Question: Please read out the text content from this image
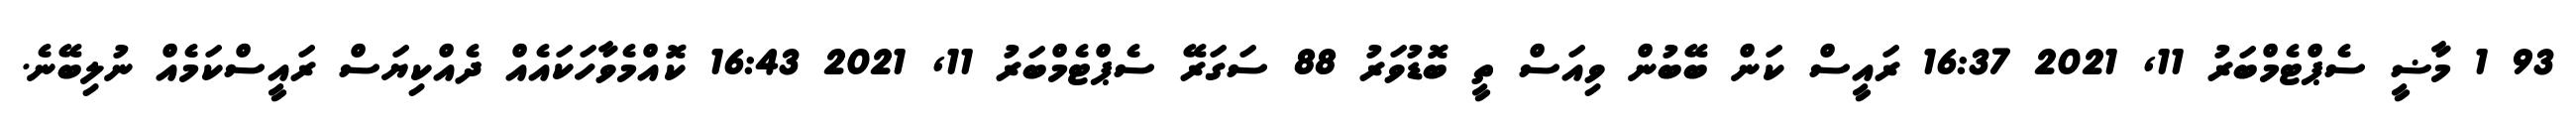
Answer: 93 1 މާޟީ ސެޕްޓެމްބަރު 11, 2021 16:37 ރައީސް ކަން ބޭބުން ވިއަސް ތީ ބޮޑުވަރު 88 ސަގަރޭ ސެޕްޓެމްބަރު 11, 2021 16:43 ކޮއްމެވާހަކައެއް ދެއްކިޔަސް ރައީސްކަމެއް ނުލިބޭނެ.